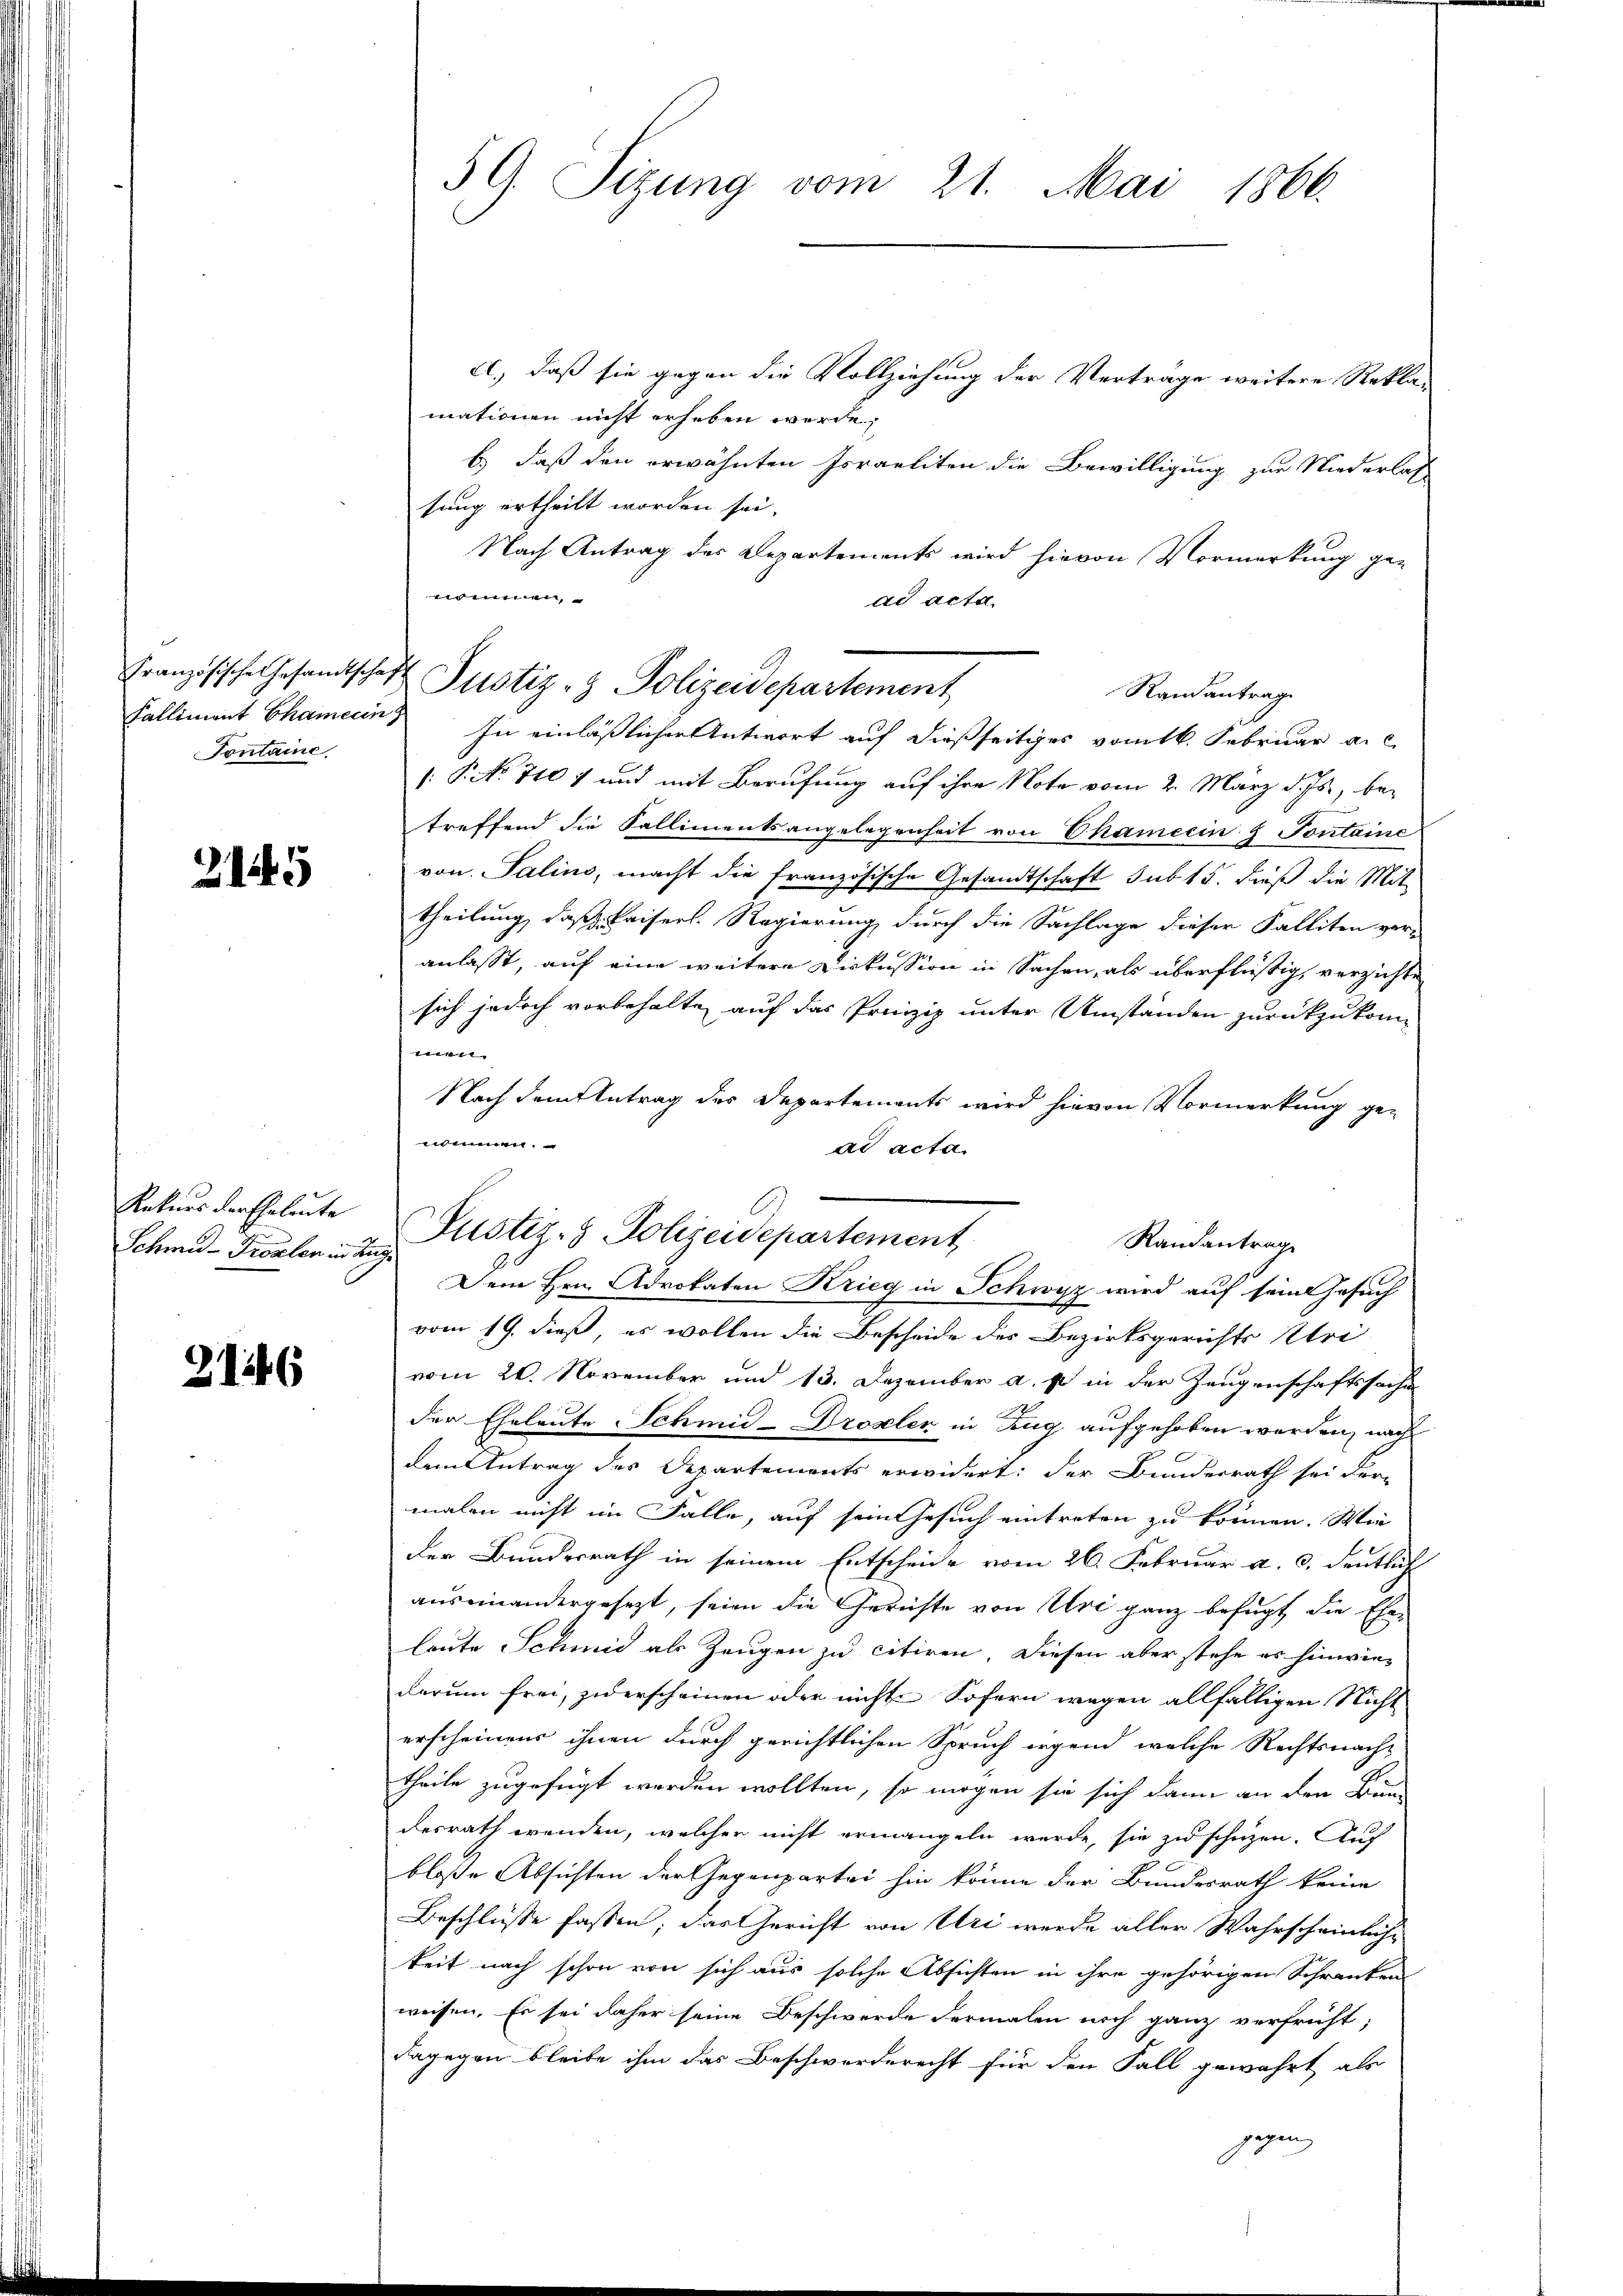
Fontame

2

Rekurs der Eheleute
Schmid-Frosten in d

6

59. Sizung vom 21. Mai 1866.

A., daß sie gegen die Vollziehung der Verträge weitere Reklamationen nicht erheben werde;
b.) daß den erwähnten Israeliten die Bewilligung zur Niederlas
sung ertheilt worden sei.
Nach Antrag des Departements wird hievon Vormerkung ge-
nennen,
ad acta.
Kalliment Chamerin In einläßlicher Antwort auf dießseitiges vom 16. Februar a. c.
(: P. No 7107 und mit Berufung auf ihre Note vom 2. März d. Js., betreffend die Sallimentsangelegenheit von Chameeins Fontaine
von Salino, macht die französische Gesandtschaft sub 15. dieß die Mit-
theilung, daß Kaiserl. Regierung durch die Sachlage dieser Falliten ver-
anlasst, auf eine weitere Diskussion in Sachen, als überflüßig, verzichte
sich jedoch vorbehalten auf das Prinzip unter Umständen zurückzukomen
Nach dem Antrag des Departements wird hievon Vormerkung ge-
wunnen.
ad acta.
vom 19. dieß, es wollen die Bescheide des Bezirksgerichts tri
vom 20. November und 13. Dezember a. p. in der Zeugenschaftssache
der Eheleute Schmid-Droseler in Zug aufgehoben werden, nach
dem Antrag des Departements erwidert: der Bunderrath sei For-
malen nicht im Falle, auf sein Gesuch eintreten zu können. Wie
der Bundesrath in seinem Entscheide vom 26. Februar a. c. deutlich
auseinandergesezt, seien die Gerichte von Uri ganz befugt, die Ehe-
leute Schmid als Zeugen zu citiren. Diesen aber stehe es hinwiedarum frei, zuerscheinen oder nicht Sofern wegen allfälligen Nicht
erscheinens ihnen durch gerichtlichen Spruch irgend welche Rechtsnach-
theile zugefügt werden wollten, so mögen sie sich dann an den Bun-
desrath wenden, welcher nicht ermangeln werde, sie zu schützen. Auch
blosse Absichten der Gegenpartei hin könne der Bundesrath keine
Beschlüsse fassen; das Gericht von Uri werde aller Wahrscheinlich-
keit nach schon von sich aus solche Absichten in ihre gehörigen Schranken
weisen. Es sei daher seine Beschwerde dermalen noch ganz verfrüht;
dagegen bleibe ihm das Beschwerderecht für den Fall gewährt als
gegen

Französische Gesandtschaft Justiz- & Polizeidepartement
Randantrage

Justiz- & Polizeidepartement,
Randantrage
Dem Hrn. Advokaten Krieg in Schwyz wird auf seine Gesuch